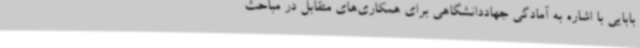
بابایی با اشاره به آمادگی جهاددانشگاهی برای همکاری‌های متقابل در مباحث